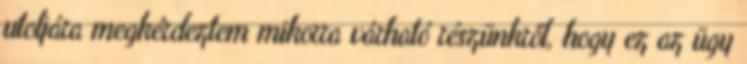
utoljára megkérdeztem mikorra várható részünkről, hogy ez az ügy